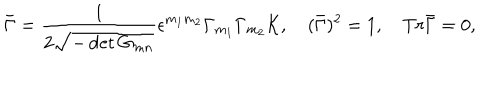
LaTeX: \bar { \Gamma } = { \frac { 1 } { 2 \sqrt { - \det { G _ { m n } } } } } \epsilon ^ { m _ { 1 } m _ { 2 } } \Gamma _ { m _ { 1 } } \Gamma _ { m _ { 2 } } { \cal K } , \quad ( \bar { \Gamma } ) ^ { 2 } = 1 , \quad T r \bar { \Gamma } = 0 ,